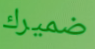
ضميرك